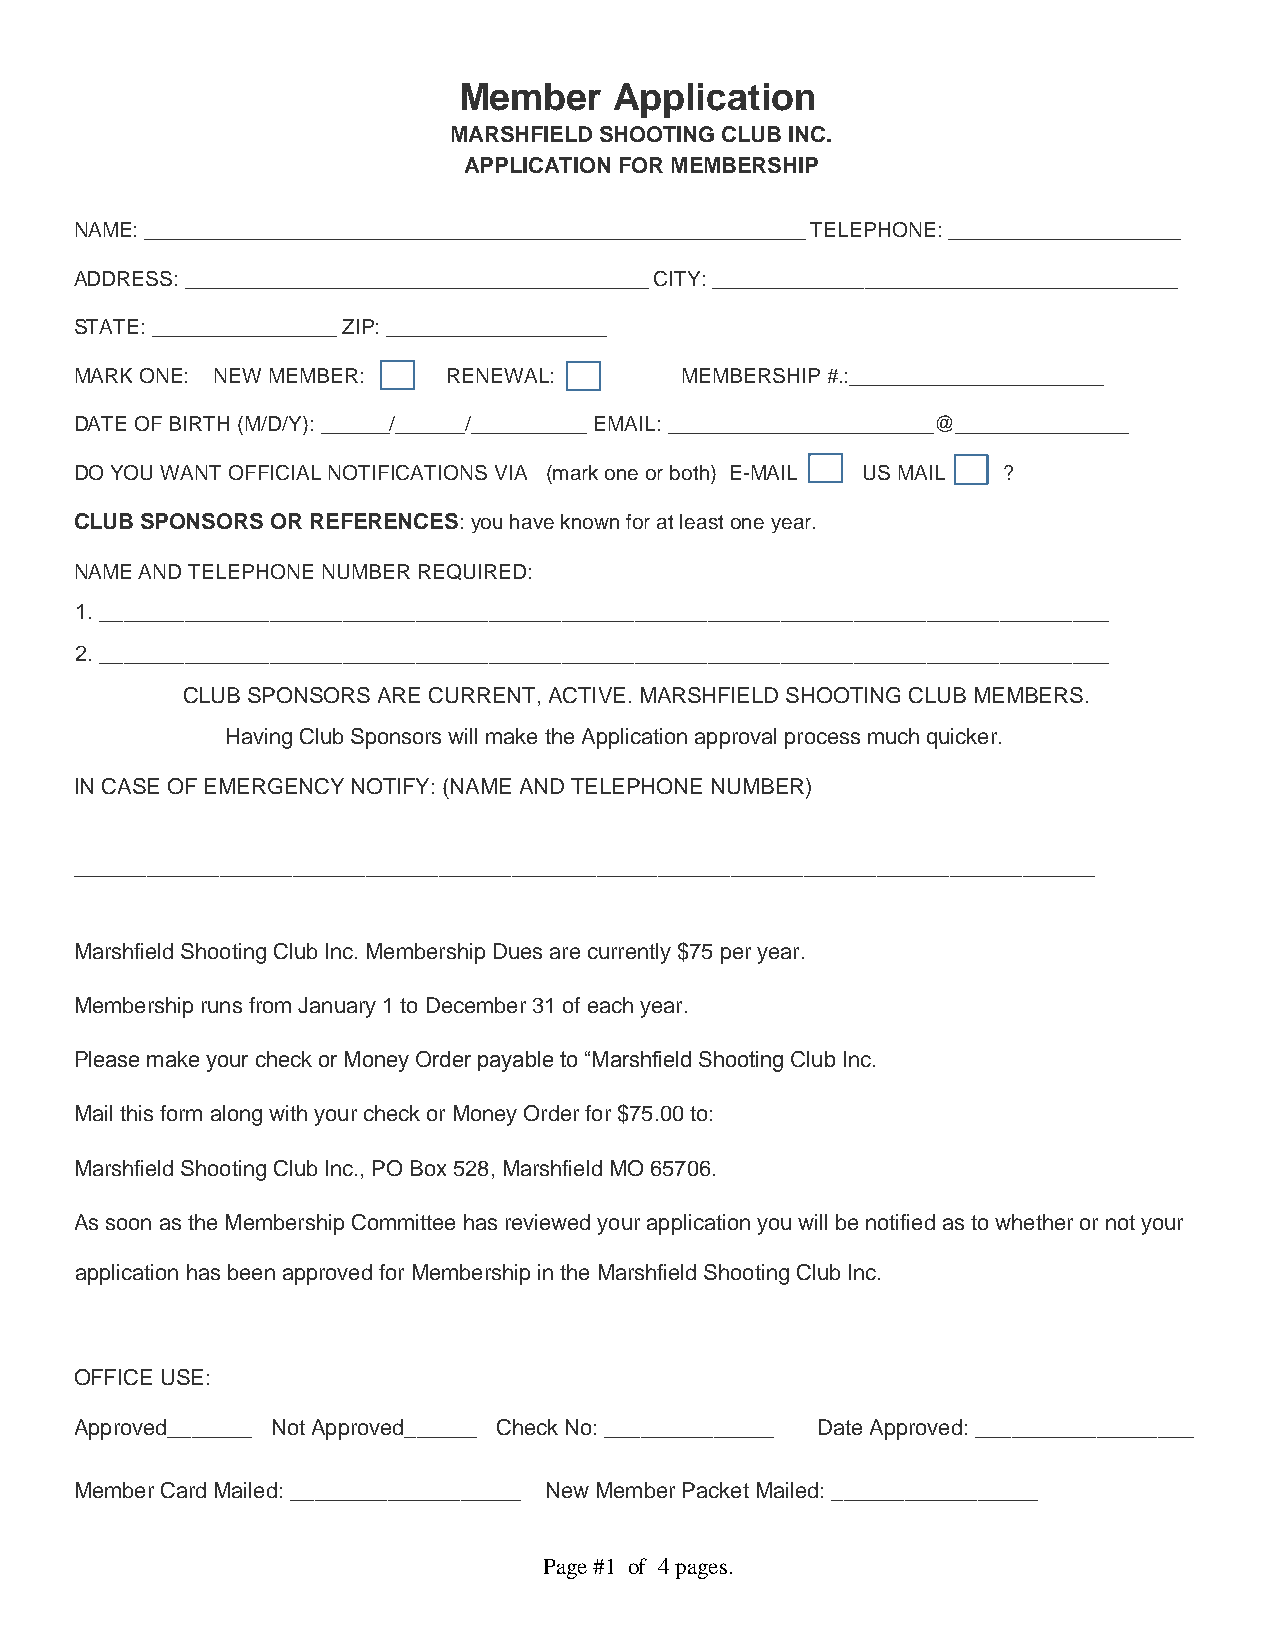
Member     Application
 MARSHFIELD SHOOTING CLUB INC.
 APPLICATION FOR MEMBERSHIP
 NAME: _________________________________________________________ TELEPHONE: ____________________
 ADDRESS: ________________________________________ CITY: ________________________________________
 STATE: ________________ ZIP: ___________________
 MARK ONE: NEW MEMBER:    RENEWAL:       MEMBERSHIP #.:______________________
 DATE OF BIRTH (M/D/Y): ______/______/__________ EMAIL: _______________________@_______________
 DO YOU WANT OFFICIAL NOTIFICATIONS VIA (mark one or both) E-MAIL US MAIL ?
 CLUB SPONSORS OR REFERENCES: you have known for at least one year.
 NAME AND TELEPHONE NUMBER REQUIRED:
 1. ___________________________________________________________________________________
 2. ___________________________________________________________________________________
 CLUB SPONSORS ARE CURRENT, ACTIVE. MARSHFIELD SHOOTING CLUB MEMBERS.
 Having Club Sponsors will make the Application approval process much quicker.
 IN CASE OF EMERGENCY NOTIFY: (NAME AND TELEPHONE NUMBER)
 ____________________________________________________________________________________
 Marshfield Shooting Club Inc. Membership Dues are currently $75 per year.
 Membership runs from January 1 to December 31 of each year.
 Please make your check or Money Order payable to “Marshfield Shooting Club Inc.
 Mail this form along with your check or Money Order for $75.00 to:
 Marshfield Shooting Club Inc., PO Box 528, Marshfield MO 65706.
 As soon as the Membership Committee has reviewed your application you will be notified as to whether or not your
 application has been approved for Membership in the Marshfield Shooting Club Inc.
 OFFICE USE:
 Approved_______ Not Approved______ Check No: ______________ Date Approved: __________________
 Member Card Mailed: ___________________ New Member Packet Mailed: _________________
 Page #1 of 4 pages.